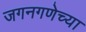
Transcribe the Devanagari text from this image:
जगनगणेच्या